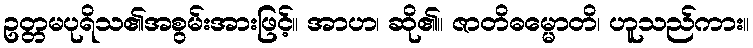
ဥတ္တမပုရိသ၏အစွမ်းအားဖြင့်။ အာဟ၊ ဆို၏။ ဇာတိဓမ္မောတိ၊ ဟူသည်ကား။